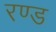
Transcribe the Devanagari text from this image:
रण्ड